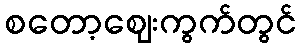
စတော့ဈေးကွက်တွင်